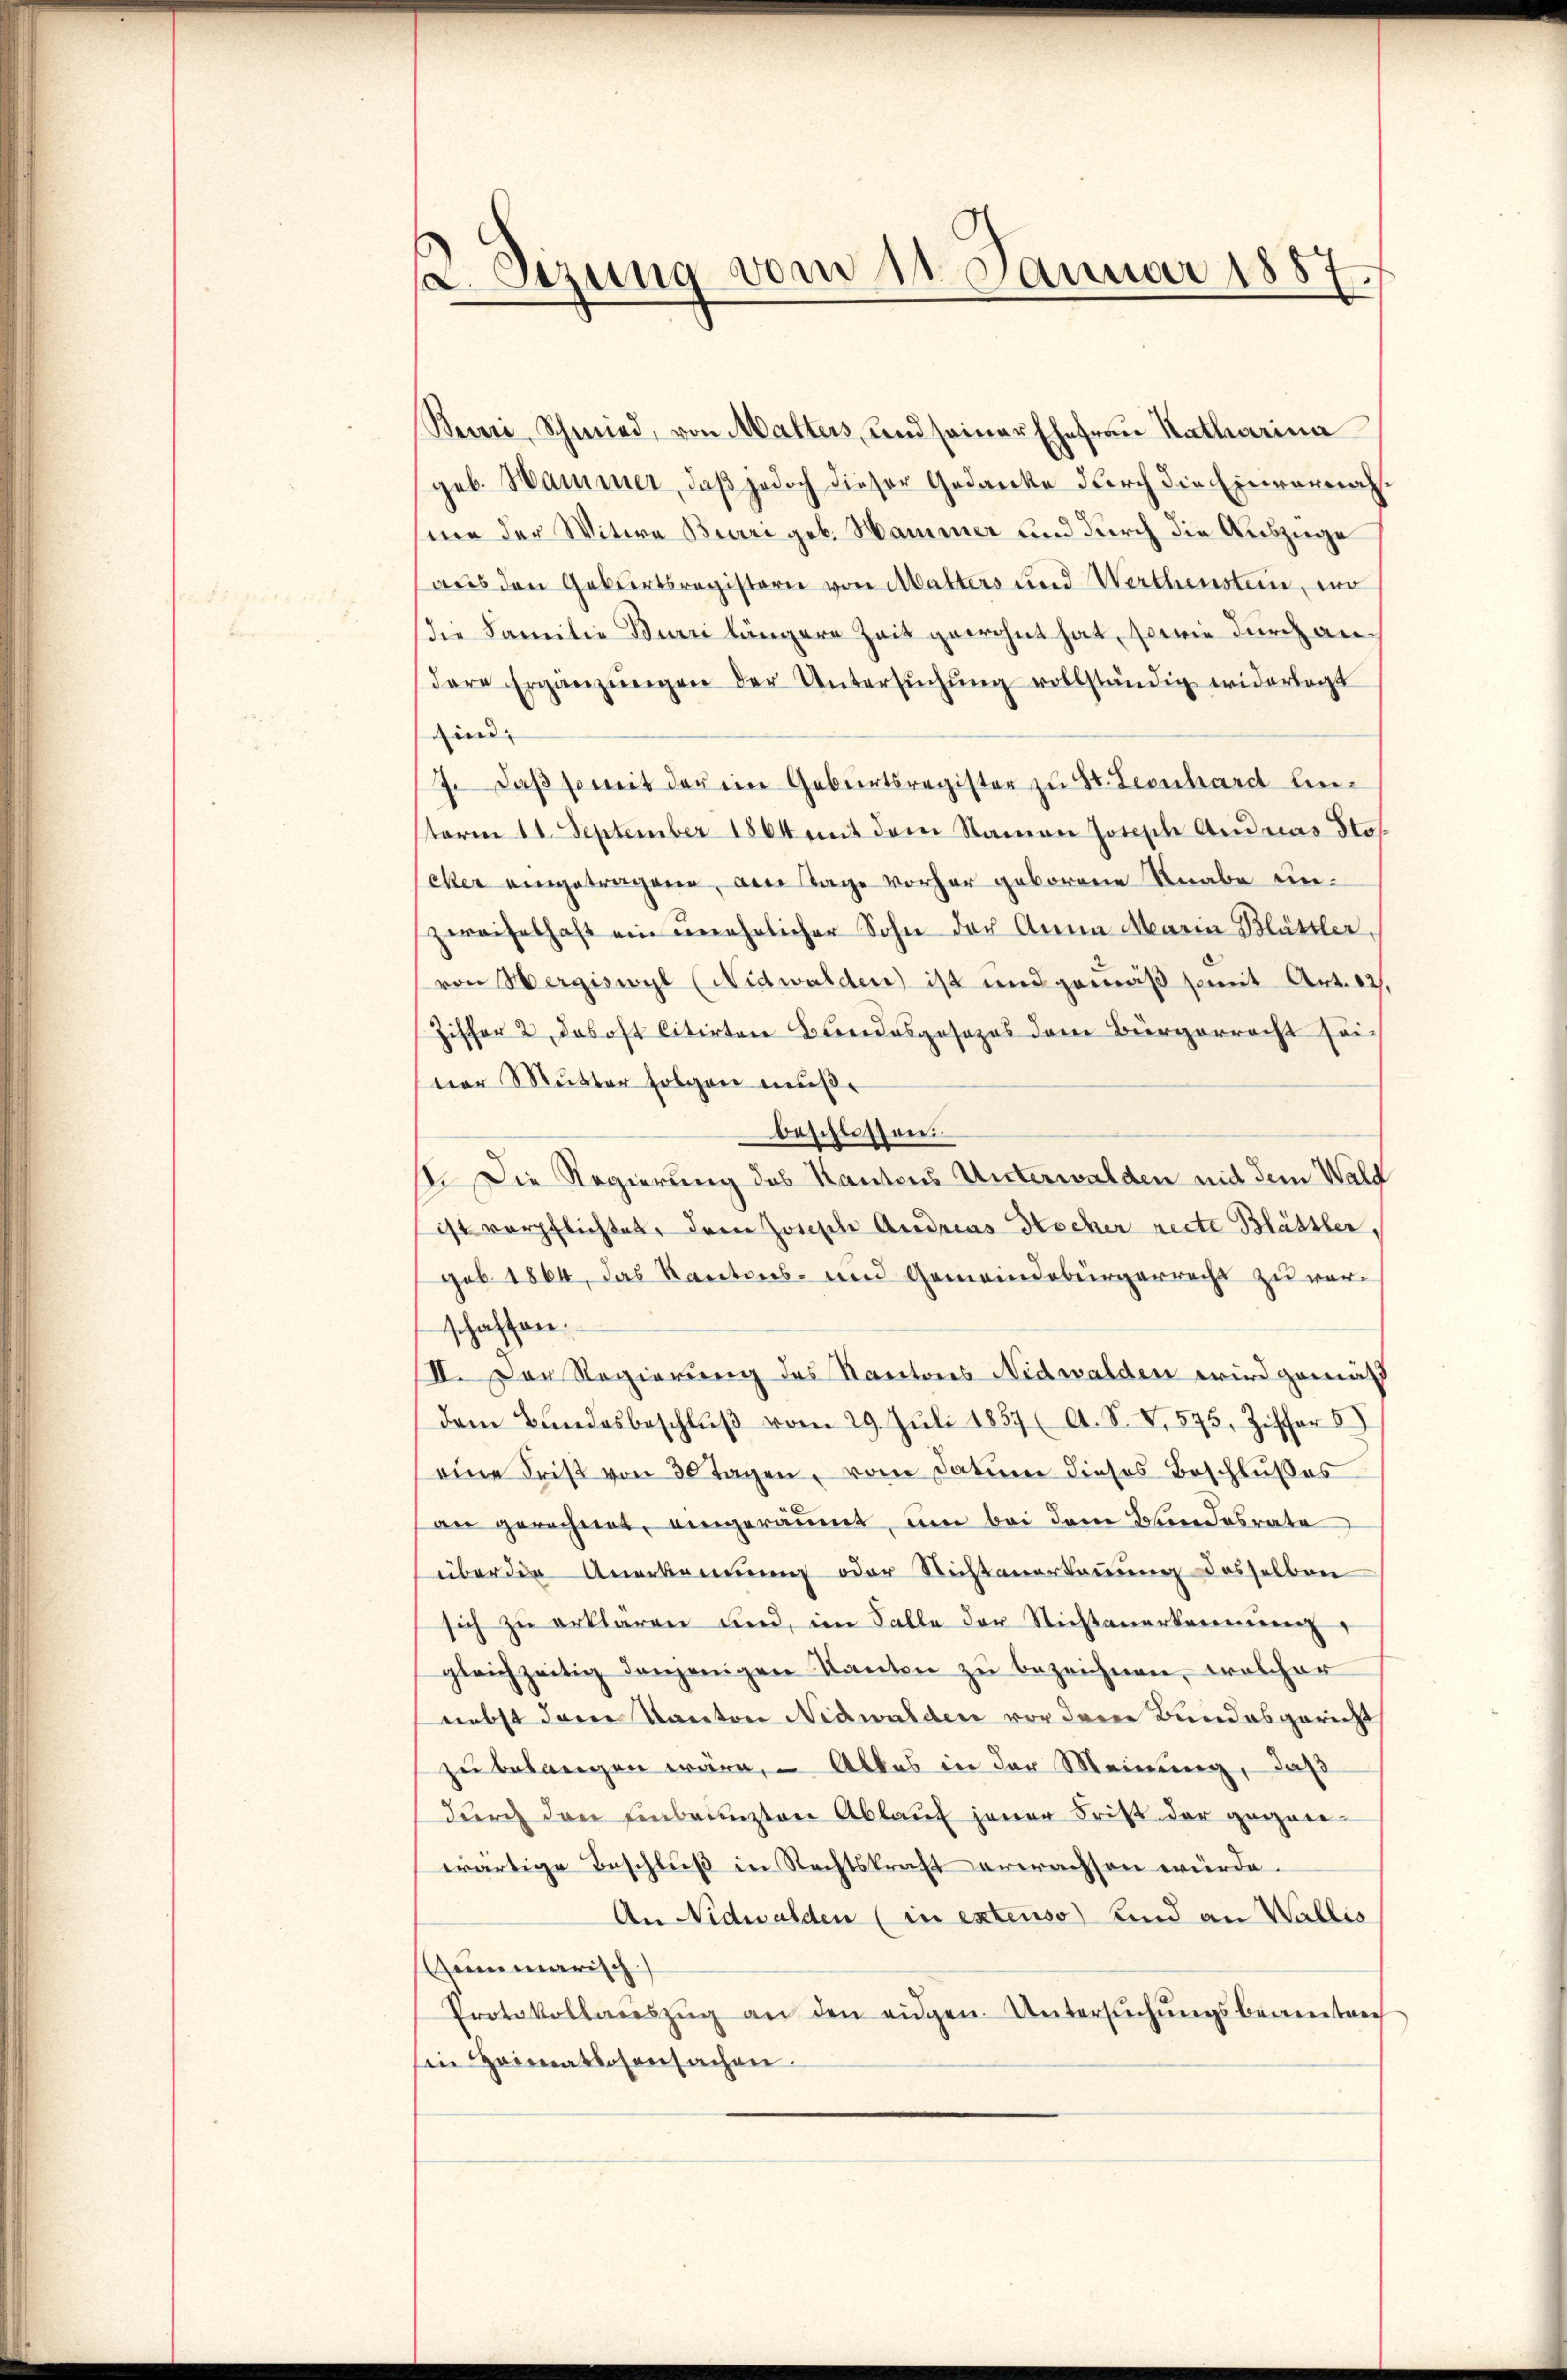
2 Sizung vom 11. Januar 1887

Bevri, Schmied, von Matters, und seiner Ehefrau Katharina
geb. Hammer, daß jedoch dieser Gedanke durch die Einvernahme der Witwe Buri geb. Hammer und durch die Auszüge
aus den Geburtsregistern von Matters und Werthenstein, wo
die Familie Buri längere Zeit gewohnt hat, sowie durch an
dare Ergänzŭngen der Untersŭchŭng vollständig widerlagt
ind
J. daβ soweit der ein Geburtsregister zu St. Leonhard Einterm 11. September 1864 mit dem Namen Joseph Andreas Sto
eher eingetragene, am Tage vorher geborene Knabe unzweifelhaft ein unehrlicher Sohn der Anna Maria Blättler,
von Wergiswyl (Nidwalden ist und gemäß somit Art. 12.
Ziffer 2, das oft citirten Bundesgesezes dem Bürgerrecht sei
ner Mutter folgen muß.
beschlossen.
st. Die Regierung des Kantons Unterwalden mit dem Wald
ist verpflichtet, dem Joseph Andreas Hocher recte Blättler,
geb. 1864, das Kantons- und Gemeindebürgerrecht zu verschaffen.
III. Der Regierung des Kantons Nidwalden wird gemäß
dem Bŭndesbeschlŭβ vom 29. Jŭli 1857 (A. S. V. 575, Ziffer
eine Frist von 30 Tagen, vom Datum dieses Beschlußes
an gerechnet, eingeräumt, um bei dem Bundesrate
über die Anerkennung oder Nichtanerkennung desselben
sich zu erklären und, im Falle der Nichtanerkennung,
gleichzeitig denjenigen Kanton zu bezeichnen, welcher
nebst dene Kanton Nidwalden vor dem Bundesgericht,
zu belangen wäre, – Alles in der Meinung, daß
durch den Einbrunsten Ablauf jener Frist der gegen-
wärtige Beschluß in Rechtskraft erwachsen würde.
An Nidwalden (in extenso) und an Wallis
Cummarisch
Protokollaŭszŭg an den eidgen. Untersŭchŭngsbeantre
sin Heimatlosensachen.